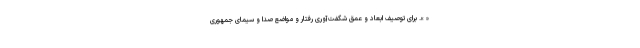
« ». برای توصیف ابعاد و عمق شگفت‌آوری رفتار و مواضع صدا و سیمای جمهوری